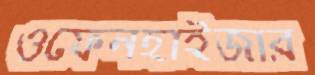
ওফেনহাইজার